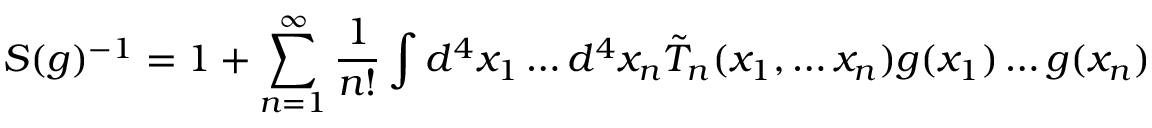
S ( g ) ^ { - 1 } = 1 + \sum _ { n = 1 } ^ { \infty } \frac { 1 } { n ! } \int d ^ { 4 } x _ { 1 } \ldots d ^ { 4 } x _ { n } \tilde { T } _ { n } ( x _ { 1 } , \ldots x _ { n } ) g ( x _ { 1 } ) \ldots g ( x _ { n } )